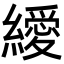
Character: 𦆔